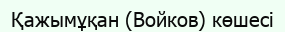
Қажымұқан (Войков) көшесі